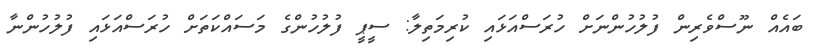
ބައެއް ނޫސްވެރިން ފުލުހުންނަށް ހުރަސްއަޅައި ކުރިމަތިލާ: ސީޕީ ފުލުހުންގެ މަސައްކަތަށް ހުރަސްއަޅައި ފުލުހުންނާ